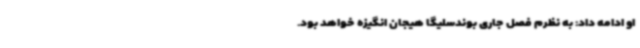
او ادامه داد: به نظرم فصل جاری بوندسلیگا هیجان انگیزه خواهد بود.